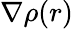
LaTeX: \nabla\rho(r)